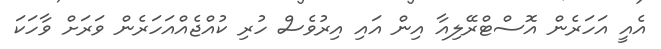
އެއީ އަހަރެން އޮސްޓްރޭލިއާ އިން އައި އިރުވެސް ހުރި ކުއްޖެއްއަހަރެން ވަރަށް ވާހަކަ